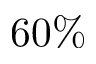
6 0 \%